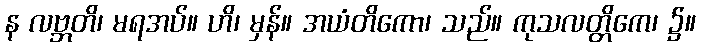
န လဗ္ဘတိ၊ မရအပ်။ ဟိ၊ မှန်။ အယံတိကော၊ သည်။ ကုသလတ္တိကေ၊ ၌။